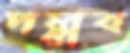
পল্লব